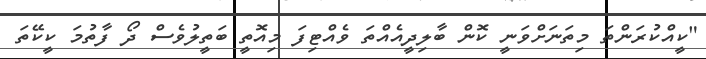
"ކީއްކުރަންތަ މިތަނަށްވަނީ ކޮން ބާލިދީއެއްތަ ވެއްޓިފަ މިއޮތީ ބަތީލުވެސް ދޯ ފާތުމަ ކީކޭތަ